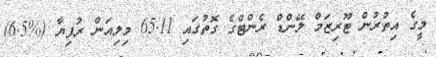
މީގެ އިތުރުން ޓޫރިޒަމް ލޭންޑް ރެންޓްގެ ގޮތުގައި 65.11 މިލިއަން ރުފިޔާ (%6.5)